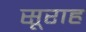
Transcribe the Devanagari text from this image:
सूराह